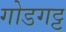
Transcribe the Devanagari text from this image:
गोडगट्ट